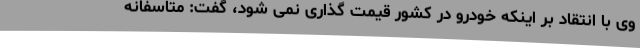
وی با انتقاد بر اینکه خودرو در کشور قیمت گذاری نمی شود، گفت: متاسفانه